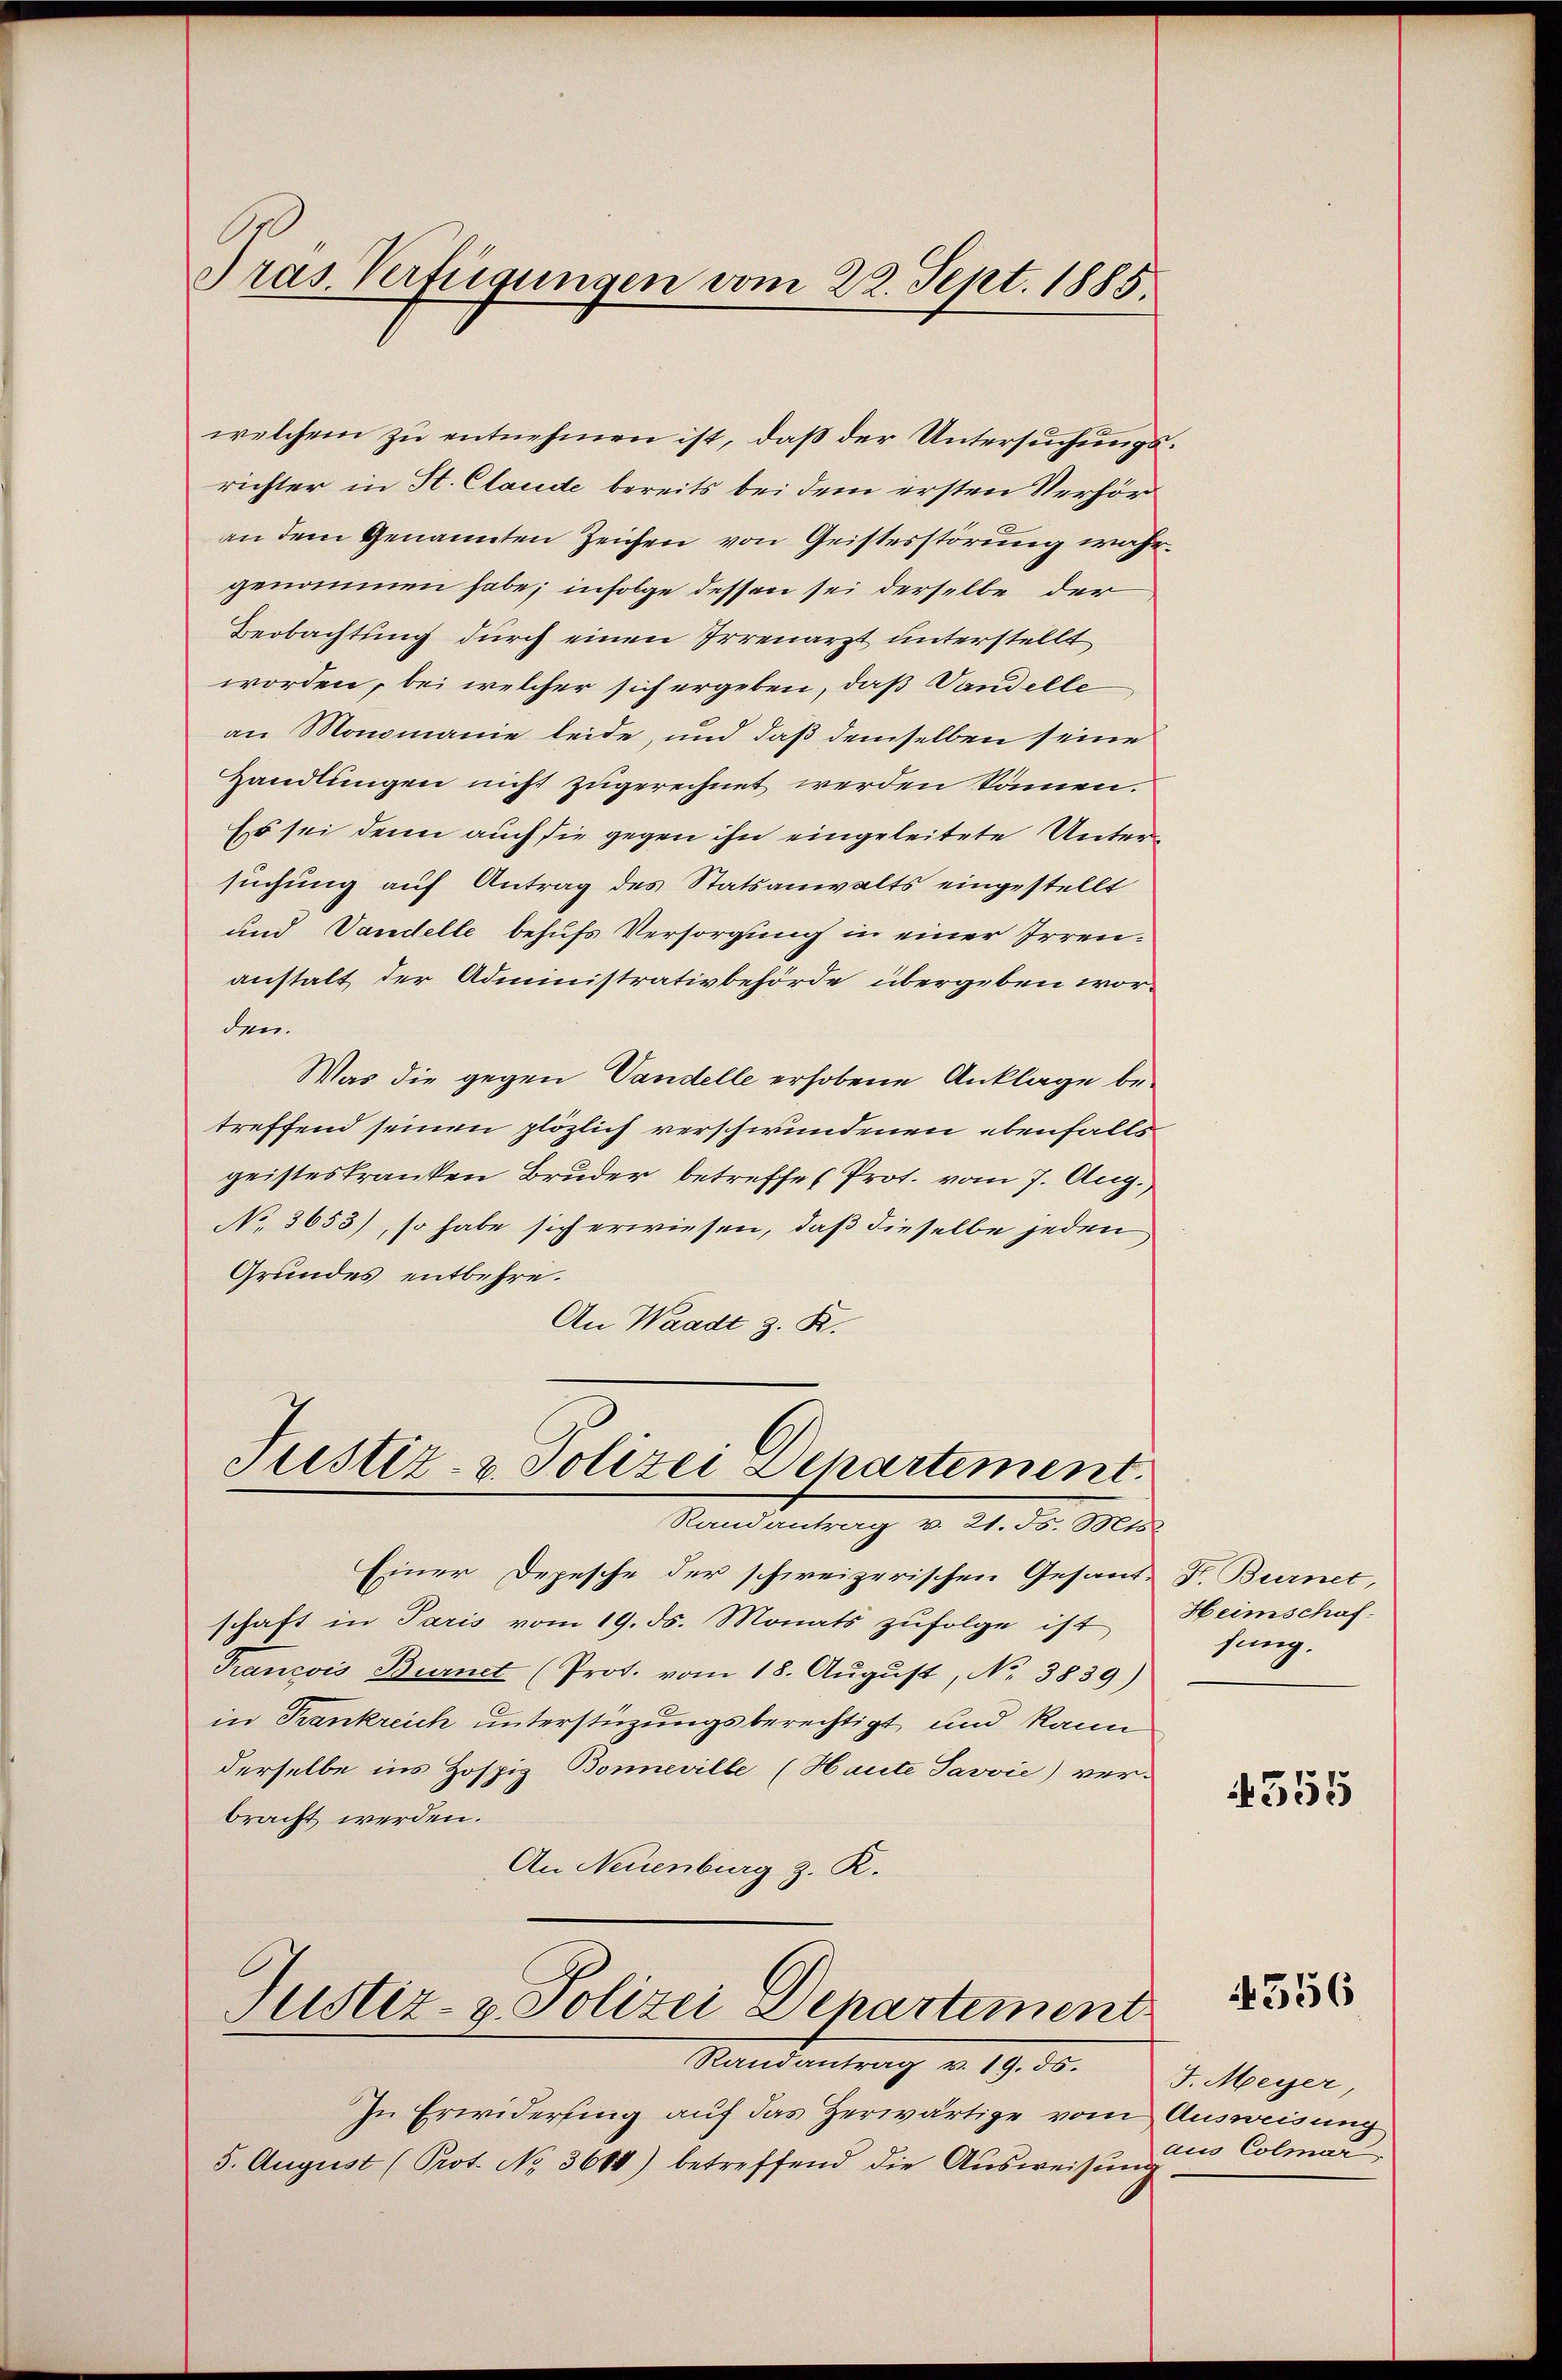
Pras. Verfügungen vom 22. Sept. 1885.

welchem zu entnehmen ist, daß der Untersuchungsrichter in St. Claude bereits bei dem ersten Verhör
an dem Genannten Zeichen von Geistesstörung wahr.
genommen habe; infolge dessen sei derselbe der
Beobachtung durch einen Irrenarzt unterstellt
worden, bei welcher sich ergeben, daß Vandelle
an Monomanie leide, und daß demselben seine
Handlungen nicht zugerechnet werden können.
Es sei denn auch sie gegen ihn eingeleitete Untersuchung auf Antrag des Statsanwalts eingestellt
und Vandelle behufs Versorgung in einer Irrenanstalt der Administrativbehörde übergeben worden.
Was die gegen Vandelle erhobene Anklage betreffend seinen plözlich verschwundenen ebenfalls
geisteskranken Bruder betreffe Prot. vom 7. Aug.
No. 3653), so habe sich erwiesen, daß dieselbe jeden
Grundes entbehre.
An Waadt z. K.

Justiz- & Polizei Departement.
Randantrag v. 21. Js. Mts.

Einer Depesche der schweizerischen Gesand- F. Burnet,
schaft in Paris vom 19. ds. Monats zufolge ist
Francois Burnet (Prot. vom 18. August, No. 3839)
in Frankreich unterstüzungsberechtigt und kann
derselbe ins Hospiz Bonneville (Haute Javvić) ver-
bracht werden.
An Neuenburg z. R.

Justiz- & Polizei Departement
Randantrag v. 19. ds.

In Erwiderung auf das Zerwärtige vom
5. August (Prot. No. 3614) betreffend die Aŭsweisung

2

Heimschaf
sung.

4555

4556

J. Meyer
Ausweisung
aus Colmar,